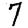
Digit: 7